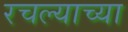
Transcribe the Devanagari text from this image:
रचल्याच्या